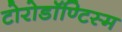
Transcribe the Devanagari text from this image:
टोरोडॉण्टिस्म